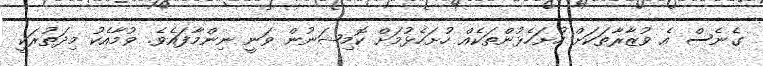
ގެނެސް އެ ވުޒާރާތަކަށް ހުށަހެޅުންތަކެއް ހުށަހެޅުމަށް ކޮމިޝަނުން ވަނީ ނިންމާފައެވެ. ވުމާއެކު މިދަތުރަކީ